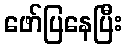
ဖော်ပြနေပြီး